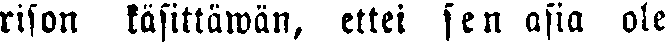
rison käsittäwän, ettei sen asia ole